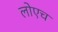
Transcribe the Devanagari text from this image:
लोएच